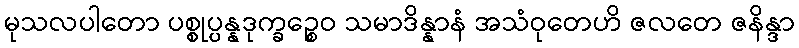
မုသလပါတော ပစ္စုပ္ပန္နဒုက္ခဉ္စေဝ သမာဒိန္နာနံ အသံဝုတေဟိ ဇလတေ ဇနိန္ဒာ